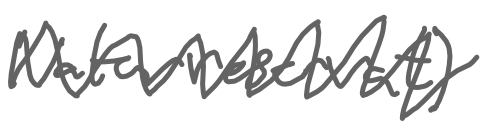
Text: naturreservat)
Cross-out: zig-zag
Writing tool: digital_gray